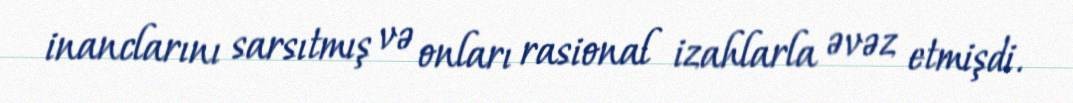
inanclarını sarsıtmış və onları rasional izahlarla əvəz etmişdi.